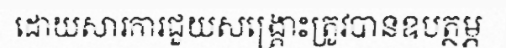
ដោយសារការជួយសង្គ្រោះត្រូវបានឧបត្ថម្ភ